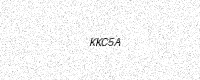
Text: KKC5A